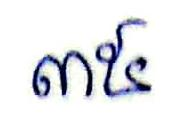
៣៥